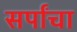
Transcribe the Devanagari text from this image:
सर्पांचा